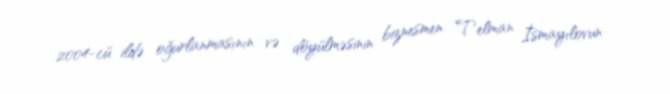
2004-cü ildə oğurlanmasının və döyülməsinin biznesmen Telman İsmayılovun